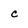
Character: c